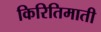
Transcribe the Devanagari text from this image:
किरितिमाती